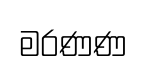
මරණණ